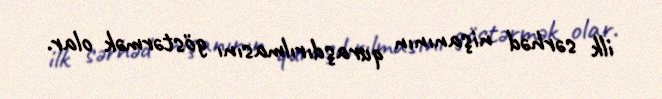
ilk sərhəd nişanının quraşdırılmasını göstərmək olar.